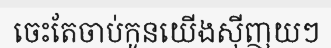
ចេះតែចាប់កូនយើងស៊ីញយៗ